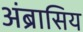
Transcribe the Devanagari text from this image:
अंब्रासिय